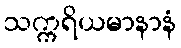
သက္ကရိယမာနာနံ